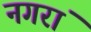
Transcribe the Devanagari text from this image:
नगरां